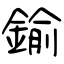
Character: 鍮